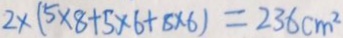
2 \times ( 5 \times 8 + 5 \times 6 + 8 \times 6 ) = 2 3 6 c m ^ { 2 }